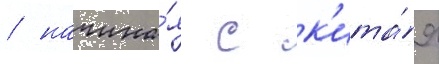
/ начина́я с к'ита́я